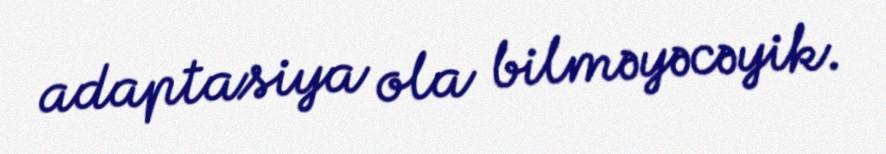
adaptasiya ola bilməyəcəyik.